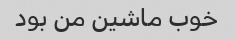
خوب ماشین من بود